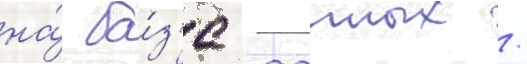
на́ ба́з'е -данных /